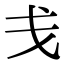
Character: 戋